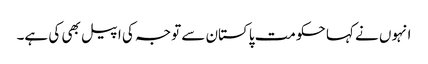
انہوں نے کہا حکومت پاکستان سے توجہ کی اپیل بھی کی ہے۔